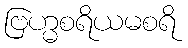
ဗြဟ္မစရိယမစရိ